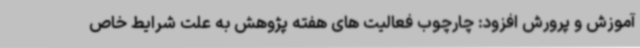
آموزش و پرورش افزود: چارچوب فعالیت های هفته پژوهش به علت شرایط خاص